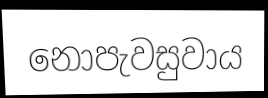
නොපැවසුවාය